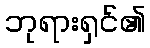
ဘုရားရှင်၏